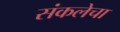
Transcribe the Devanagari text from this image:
संकलेचा